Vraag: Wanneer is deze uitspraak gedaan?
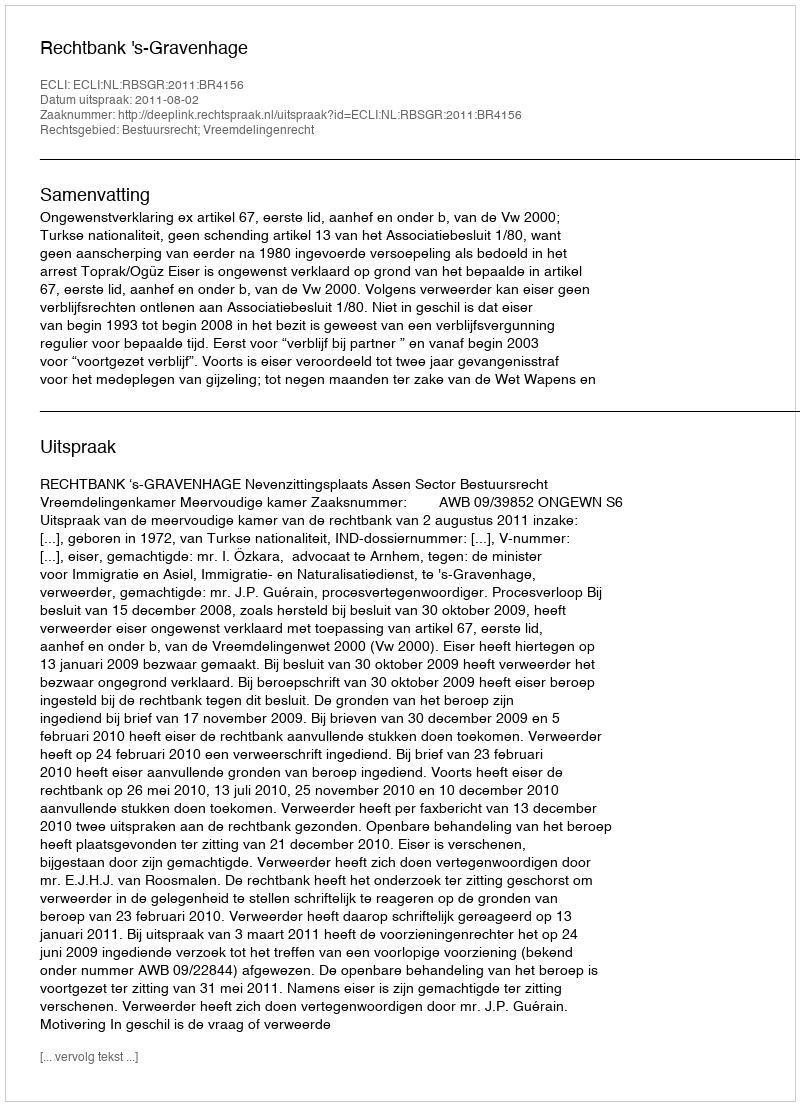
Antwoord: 2011-08-02